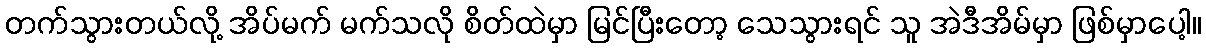
တက်သွားတယ်လို့ အိပ်မက် မက်သလို စိတ်ထဲမှာ မြင်ပြီးတော့ သေသွားရင် သူ အဲဒီအိမ်မှာ ဖြစ်မှာပေါ့။